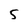
Character: 5